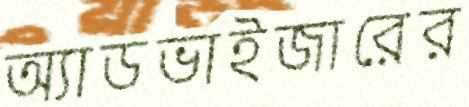
অ্যাডভাইজারের